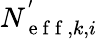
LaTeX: N_{\mathrm{~e~f~f~},k,i}^{'}